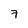
Character: 7